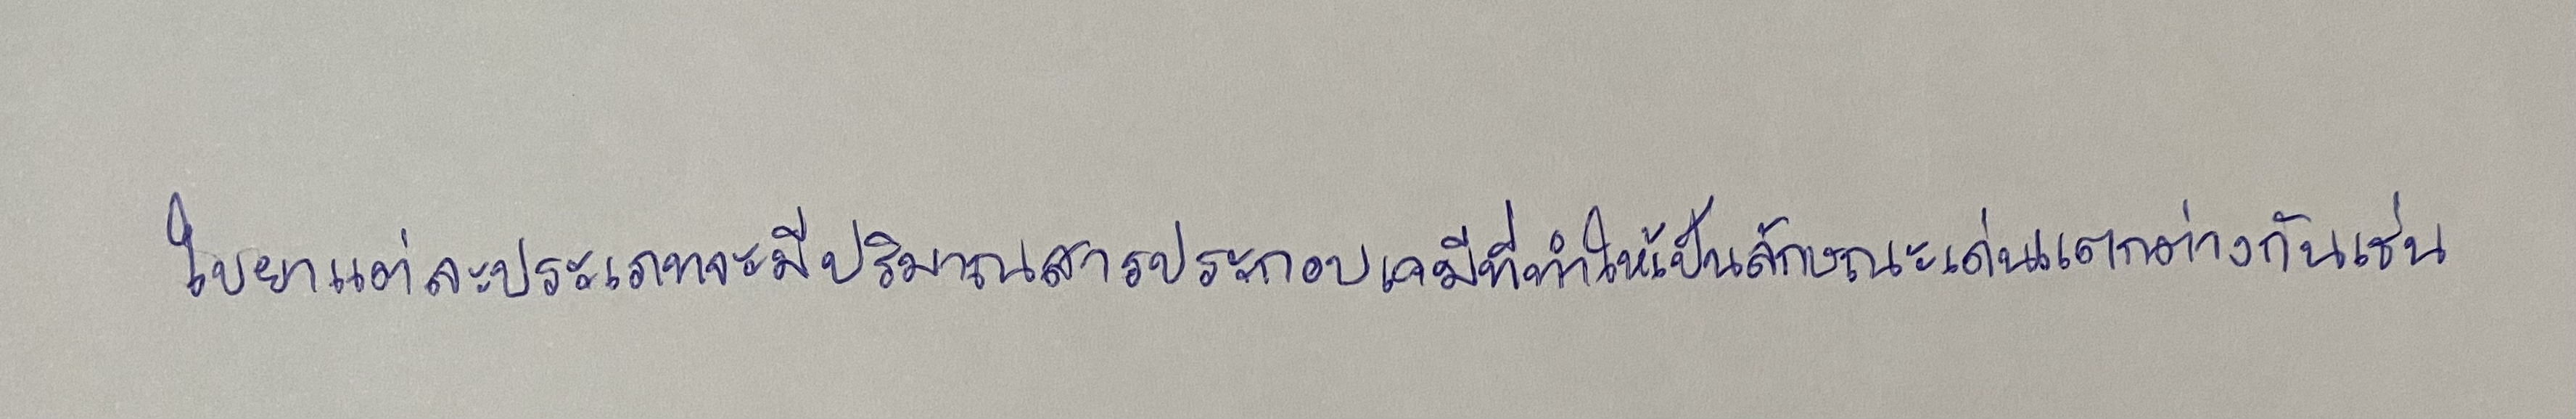
ใบยาแต่ละประเภทจะมีปริมาณสารประกอบเคมีที่ทำให้เป็นลักษณะเด่นแตกต่างกันเช่น